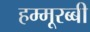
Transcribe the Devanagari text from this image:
हम्मूरब्बी